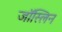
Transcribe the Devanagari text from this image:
जॉस्लिन